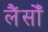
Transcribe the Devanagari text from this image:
लैंसोँ